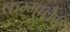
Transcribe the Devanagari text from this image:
कम्मालैरी